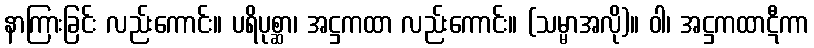
နာကြားခြင်း လည်းကောင်း။ ပရိပုစ္ဆာ၊ အဋ္ဌကထာ လည်းကောင်း။ (သမ္မာအလို)။ ဝါ၊ အဋ္ဌကထာဋီကာ